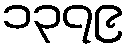
၁၃၇၉